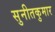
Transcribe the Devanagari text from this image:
सुनीतकुमार